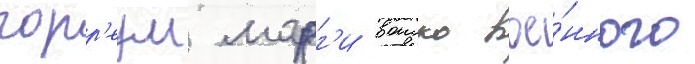
горр'еум марг'и воиско вое́нного